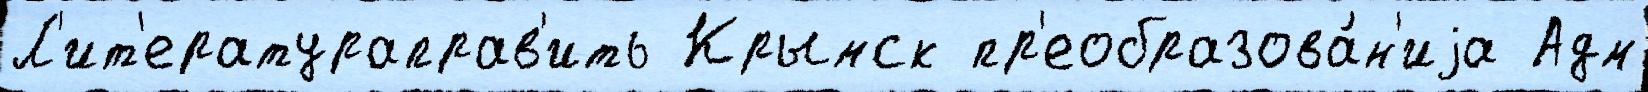
Л'ит'ератураправ'ить Крымск пр'еобразова́н'иjа Адм